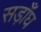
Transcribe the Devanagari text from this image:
सड़ाँघ